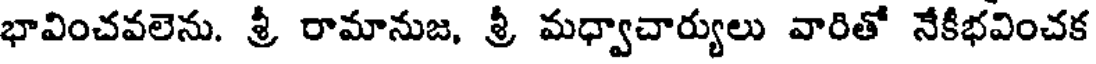
భావించవలెను. శ్రీ రామానుజ, శ్రీ మధ్వాచార్యులు వారితో నేకీభవించక